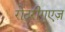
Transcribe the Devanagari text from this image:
रोदरीगुएज़